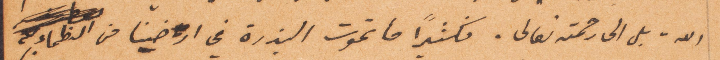
الله بل الى رحمته تعالى. فكثيرًا ما تموت البذرة في ارضنا من الظماء